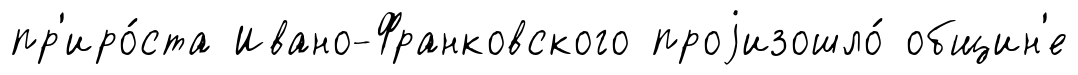
пр'иро́ста Ивано-Франковского проjизошло́ общин'е